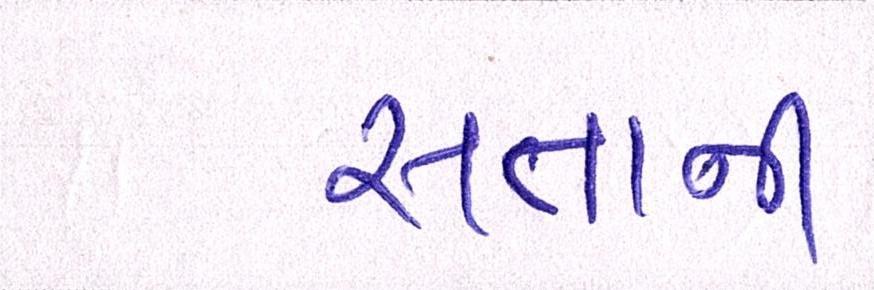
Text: સત્તાની